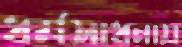
ধর্মসাধনায়